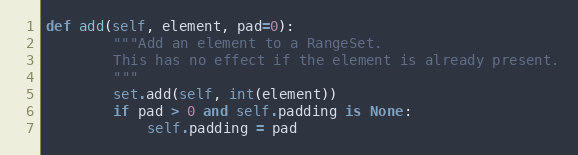
Language: Python
def add(self, element, pad=0):
        """Add an element to a RangeSet.
        This has no effect if the element is already present.
        """
        set.add(self, int(element))
        if pad > 0 and self.padding is None:
            self.padding = pad